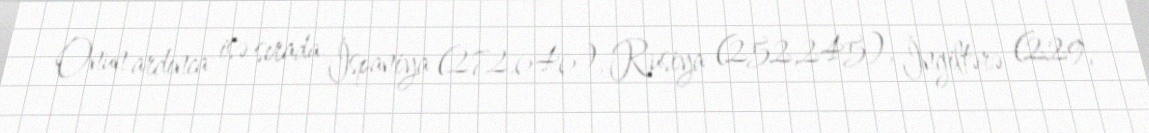
Onun ardınca isə sırada İspaniya (272,646), Rusiya (252,245), İngiltərə (229,